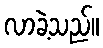
လာခဲ့သည်။